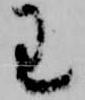
王